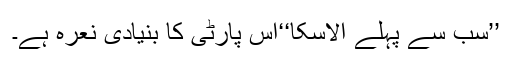
’’سب سے پہلے الاسکا‘‘اس پارٹی کا بنیادی نعرہ ہے۔